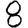
Digit: 8